画像に写った文字を読んでください
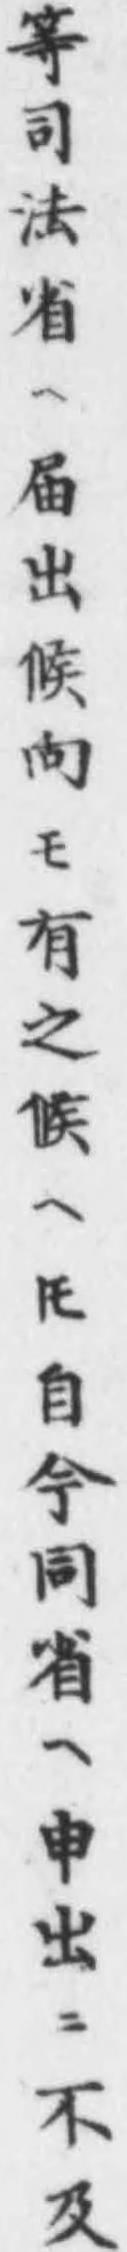
「等司法省ヘ届出候向モ有之候へ𪜈自今同省ヘ申出ニ不及」と書いてあります